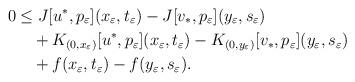
LaTeX: \begin{align*}0&\le J[u^*,p_\varepsilon](x_\varepsilon,t_\varepsilon)-J[v_*,p_\varepsilon](y_\varepsilon,s_\varepsilon)\\&\quad+K_{(0,x_\varepsilon)}[u^*,p_\varepsilon](x_\varepsilon,t_\varepsilon)-K_{(0,y_\varepsilon)}[v_*,p_\varepsilon](y_\varepsilon,s_\varepsilon)\\&\quad+f(x_\varepsilon,t_\varepsilon)-f(y_\varepsilon,s_\varepsilon).\end{align*}